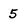
Character: 5